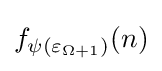
f_{\psi (\varepsilon _{\Omega +1})}(n)